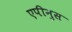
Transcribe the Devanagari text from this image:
एपीनुस